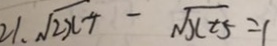
2 1 . \sqrt { 2 x - 4 } - \sqrt { x + 5 } = 1